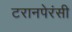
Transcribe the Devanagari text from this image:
टरानपेरंसी